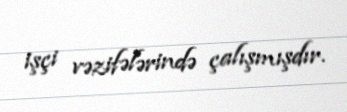
işçi vəzifələrində çalışmışdır.